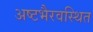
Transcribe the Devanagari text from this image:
अष्टभैरवस्थित